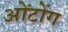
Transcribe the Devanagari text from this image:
ओंटोंग